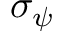
\sigma _ { \psi }